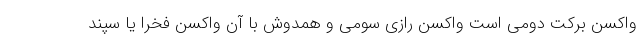
واکسن برکت دومی است واکسن رازی سومی و همدوش با آن واکسن فخرا یا سپند